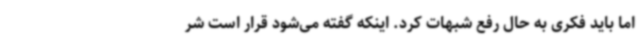
اما باید فکری به حال رفع شبهات کرد. اینکه گفته می‌شود قرار است شر